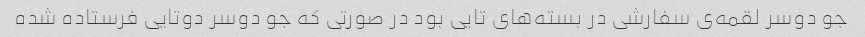
جو دوسر لقمه‌ی سفارشی در بسته‌های تایی بود در صورتی که جو دوسر دوتایی فرستاده شده